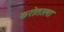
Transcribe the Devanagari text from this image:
करोताला